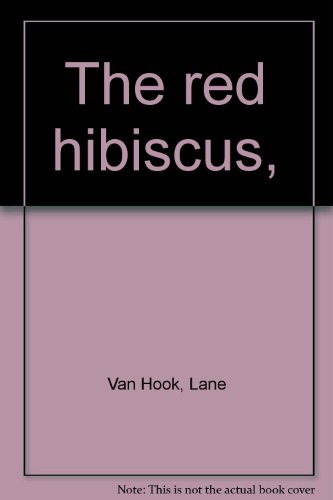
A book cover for The red hibiscus,; Lane Van Hook; Travel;